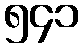
၅၄၁